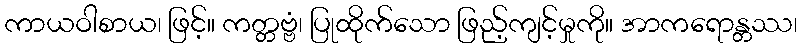
ကာယဝါစာယ၊ ဖြင့်။ ကတ္တဗ္ဗံ၊ ပြုထိုက်သော ဖြည့်ကျင့်မှုကို။ အာကရောန္တဿ၊